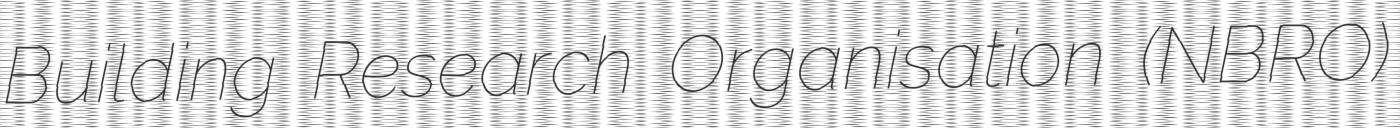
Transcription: Building Research Organisation (NBRO)